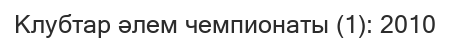
Клубтар әлем чемпионаты (1): 2010